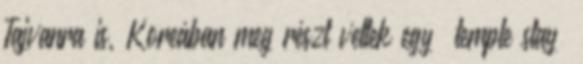
Tajvanra is, Koreában meg részt vettek egy „temple stay”